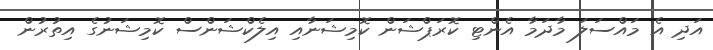
އަދި އެ މައްސަލަ މާދަމާ އެންޓި ކޮރަޕްޝަން ކޮމިޝަނާއި އިލެކްޝަންސް ކޮމިޝަނުގެ އިތުރުން